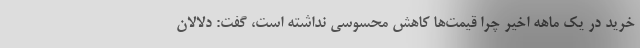
خرید در یک ماهه اخیر چرا قیمت‌ها کاهش محسوسی نداشته است، گفت: دلالان